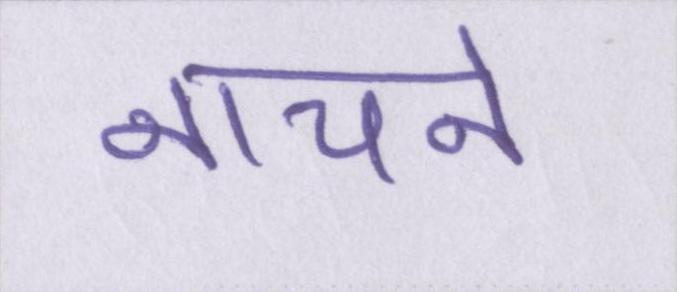
नाचने